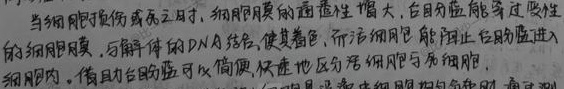
当细胞损伤或死亡时，细胞膜的通透性增大，台盼蓝能穿过变性的细胞膜，与解体的DNA结合，使其着色，而活细胞能阻止台盼蓝进入细胞内。借助台盼蓝可以简便、快速地区分活细胞与死细胞。